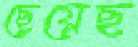
ছেয়েছ